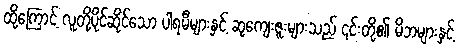
ထို့ကြောင့် လူတို့ပိုင်ဆိုင်သော ပါရမီများနှင့် ဆုကျေးဇူးများသည် ၎င်းတို့၏ မိဘများနှင့်